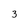
Character: 3